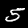
Digit: 5